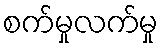
စက်မှုလက်မှု